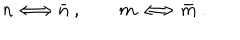
n \Longleftrightarrow \bar { n } \ , \qquad m \Longleftrightarrow \bar { m } \ .